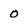
Character: o